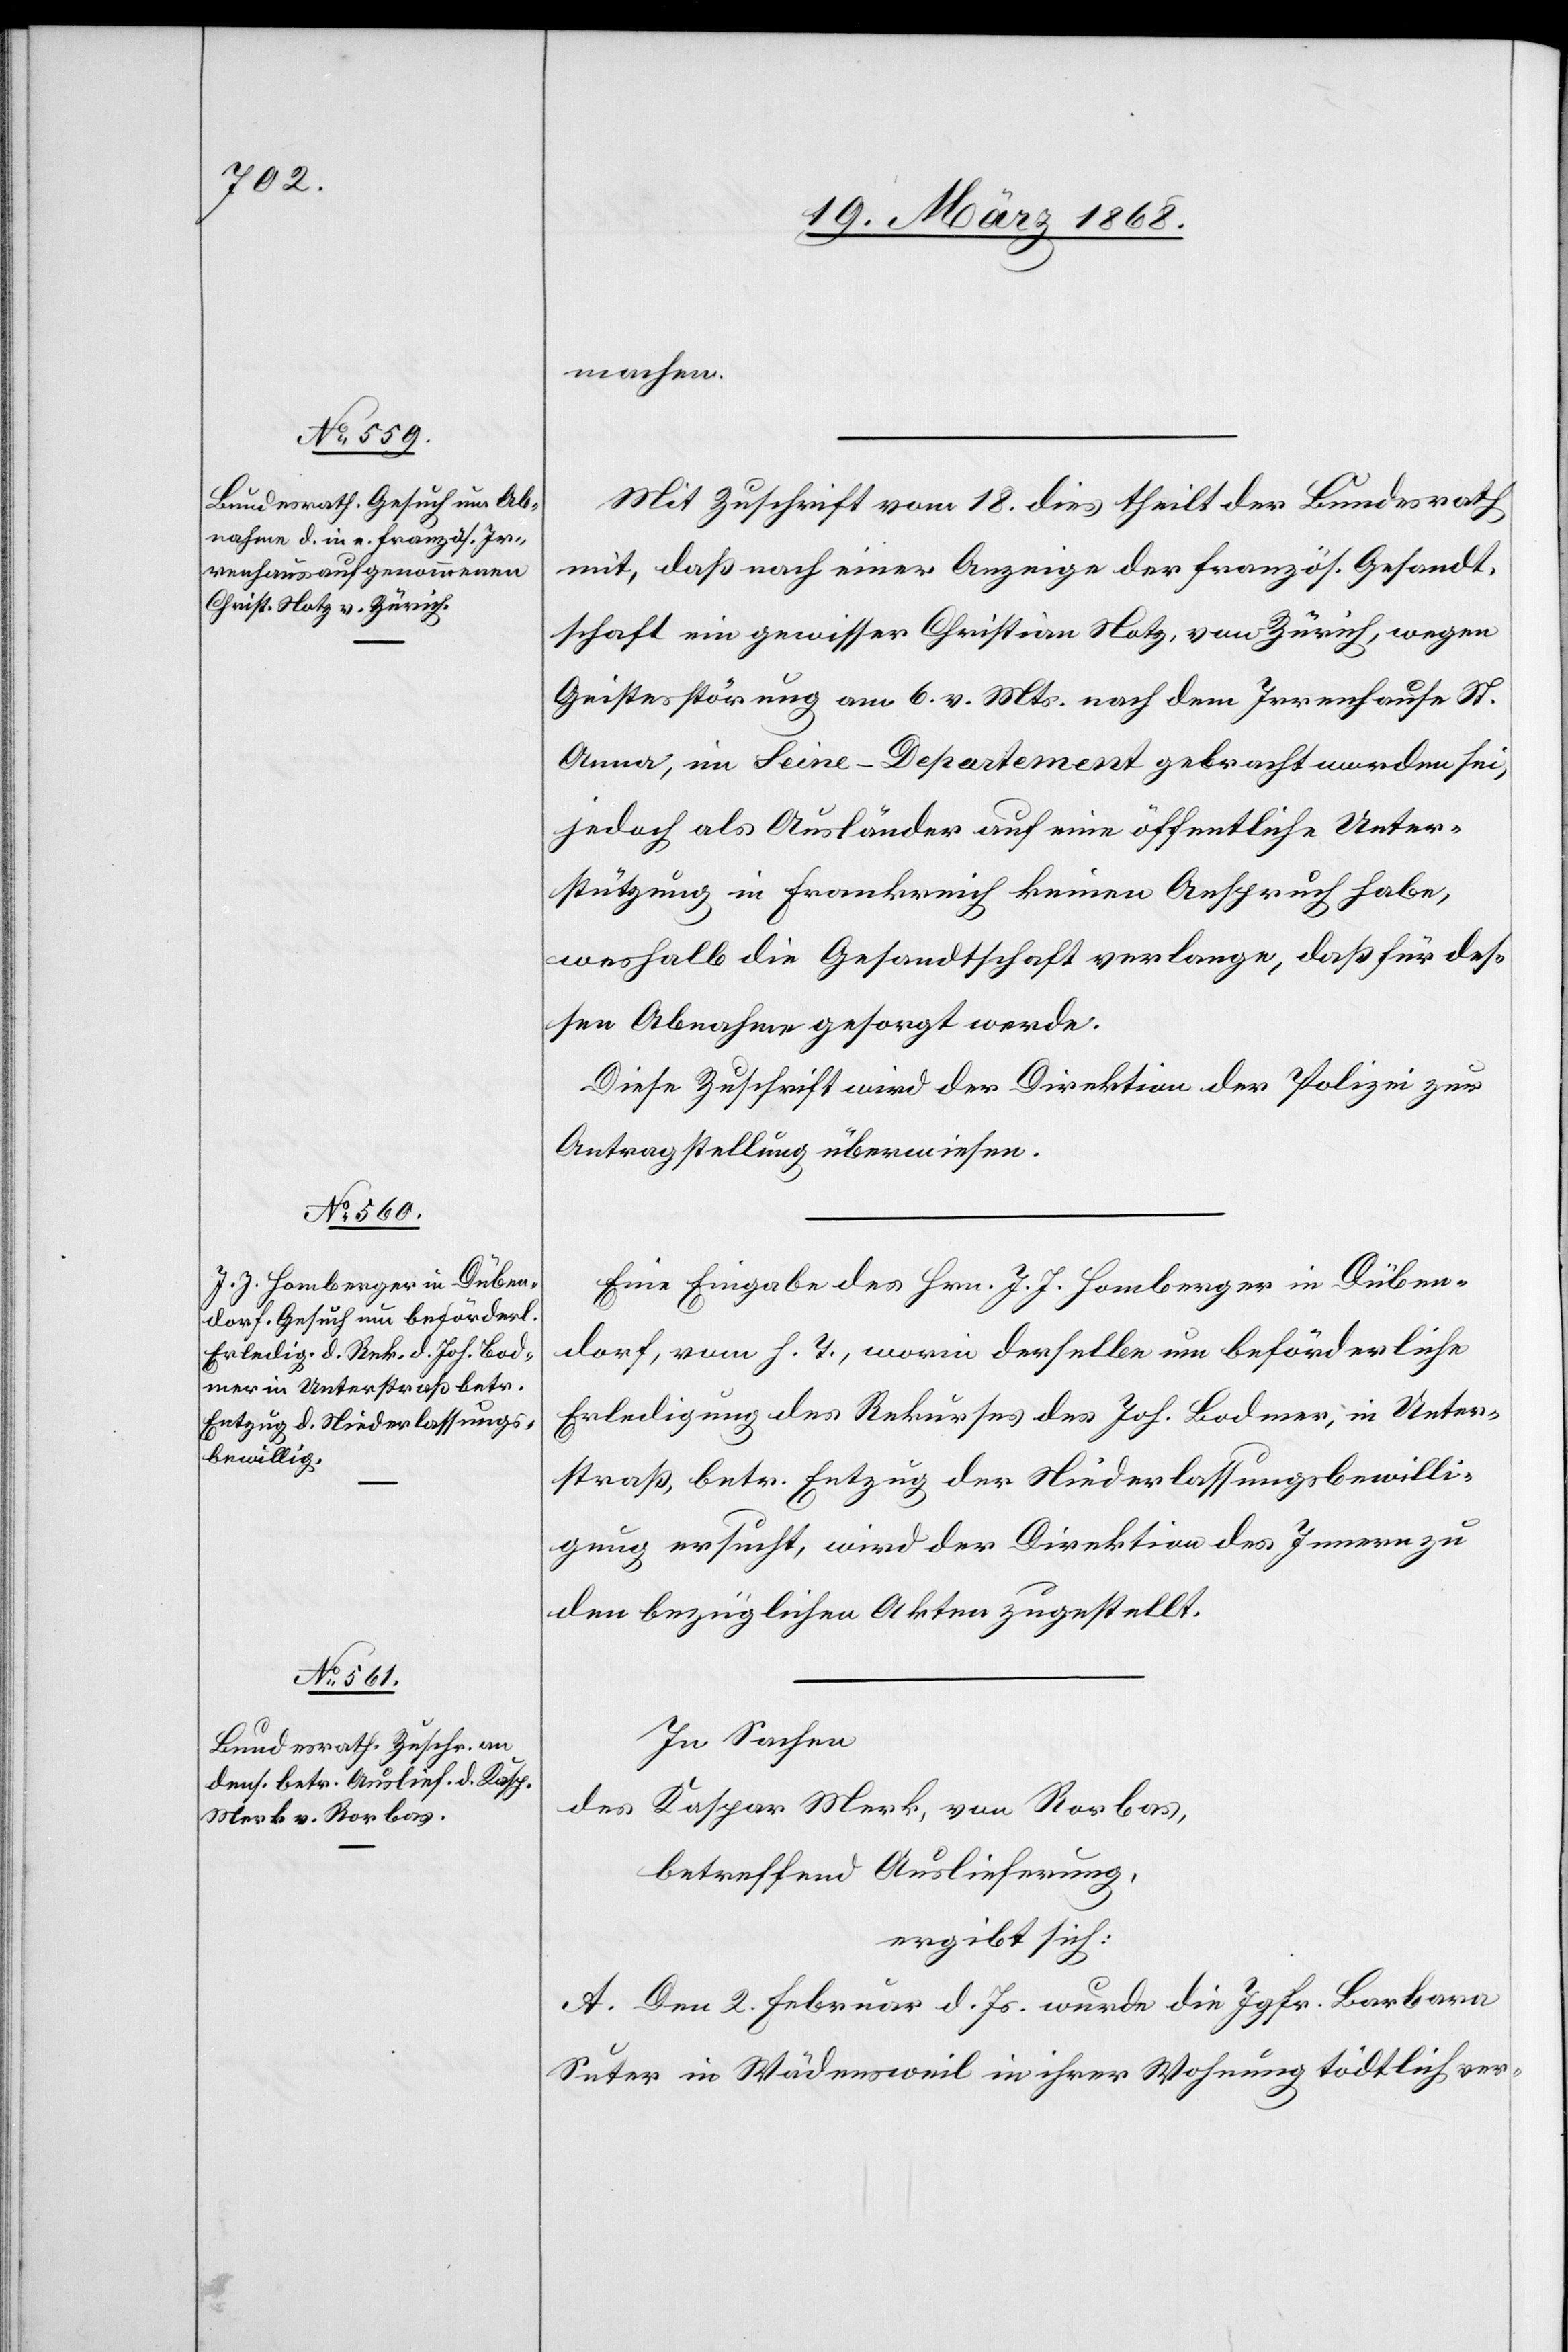
20. März 1868.]
machen.
Mit Zuschrift vom 18. dies theilt der Bundesrath
mit, daß nach einer Anzeige der französ. Gesandt¬
schaft ein gewisser Christian Notz, von Zürich, wegen
Geistesstörung am 6. v. Mts. nach dem Irrenhause St.
Anna, im Seine-Departement gebracht worden sei,
jedoch als Ausländer auf eine öffentliche Unter¬
stützung in Frankreich keinen Anspruch habe,
weshalb die Gesandtschaft verlange, daß für des¬
sen Abnahme gesorgt werde.
Diese Zuschrift wird der Direktion der Polizei zur
Antragstellung überwiesen.
Eine Eingabe des Hrn. J. J. Homberger in Düben¬
dorf, vom h. T., worin derselbe um beförderliche
Erledigung des Rekurses des Joh. Bodmer, in Unter¬
straß, betr. Entzug der Niederlassungsbewilli¬
gung ersucht, wird der Direktion des Innern zu
den bezüglichen Akten zugestellt.
In Sachen
des
Kaspar Merk, von Rorbas,
betreffend Auslieferung,
ergibt sich:
A. Den 2. Februar d. Js. wurde die Jgfr. Barbara
Suter in Wädensweil in ihrer Wohnung tödtlich ver-